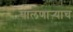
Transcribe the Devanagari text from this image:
घालणाऱ्याच